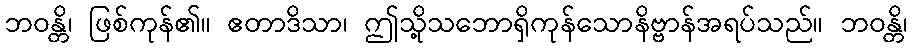
ဘဝန္တိ၊ ဖြစ်ကုန်၏။ ဧတာဒိသာ၊ ဤသို့သဘောရှိကုန်သောနိဗ္ဗာန်အရပ်သည်။ ဘဝန္တိ၊